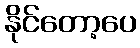
နိုင်တော့ပေ